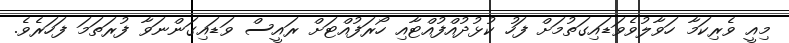
މިއީ ވެރިކަމާ ހަވާލުވެވަޑައިގަތުމަށް ފަހު ކުޅުދުއްފުއްޓާއި ހޯރަފުއްޓަށް ރައީސް ވަޑައިގަންނަވާ ފުރަތަމަ ފަހަރެވެ.